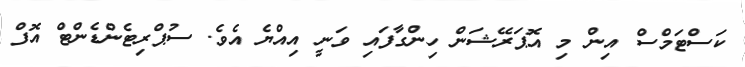
ކަސްޓަމްސް އިން މި އޮޕަރޭޝަން ހިންގާފައި ވަނީ އިއްޔެ އެވެ. ސުޕްރިޓެންޑެންޓް އޮފް